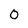
Character: O